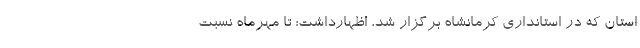
استان که در استانداری کرمانشاه برگزار شد، اظهارداشت: تا مهرماه نسبت